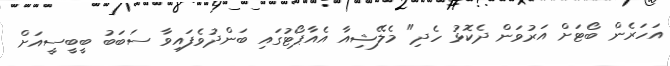
އަހަރެން ބޯޓަށް އަރުވަން ދެކޮޅު ހެދި" މެލޭޝިއާ އެއާޕޯޓުގައި ބަންދުވެފައިވާ ސަބަބު ބީބީސީއަށް